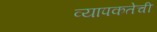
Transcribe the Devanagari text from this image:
व्यापकतेची